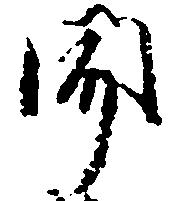
聞